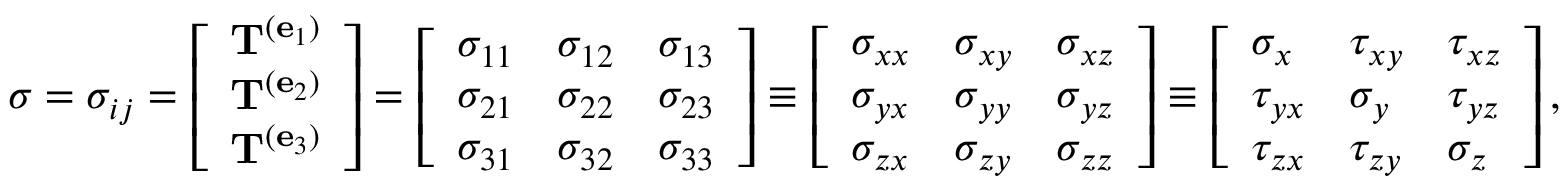
{ \boldsymbol { \sigma } } = \sigma _ { i j } = \left[ { \begin{array} { l } { \mathbf { T } ^ { ( \mathbf { e } _ { 1 } ) } } \\ { \mathbf { T } ^ { ( \mathbf { e } _ { 2 } ) } } \\ { \mathbf { T } ^ { ( \mathbf { e } _ { 3 } ) } } \end{array} } \right] = \left[ { \begin{array} { l l l } { \sigma _ { 1 1 } } & { \sigma _ { 1 2 } } & { \sigma _ { 1 3 } } \\ { \sigma _ { 2 1 } } & { \sigma _ { 2 2 } } & { \sigma _ { 2 3 } } \\ { \sigma _ { 3 1 } } & { \sigma _ { 3 2 } } & { \sigma _ { 3 3 } } \end{array} } \right] \equiv \left[ { \begin{array} { l l l } { \sigma _ { x x } } & { \sigma _ { x y } } & { \sigma _ { x z } } \\ { \sigma _ { y x } } & { \sigma _ { y y } } & { \sigma _ { y z } } \\ { \sigma _ { z x } } & { \sigma _ { z y } } & { \sigma _ { z z } } \end{array} } \right] \equiv \left[ { \begin{array} { l l l } { \sigma _ { x } } & { \tau _ { x y } } & { \tau _ { x z } } \\ { \tau _ { y x } } & { \sigma _ { y } } & { \tau _ { y z } } \\ { \tau _ { z x } } & { \tau _ { z y } } & { \sigma _ { z } } \end{array} } \right] ,